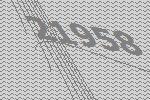
21958